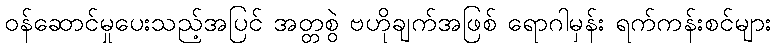
ဝန်ဆောင်မှုပေးသည့်အပြင် အတ္တစွဲ ဗဟိုချက်အဖြစ် ရောဂါမှန်း ရက်ကန်းစင်များ